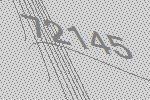
72145